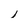
Character: l